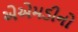
એએમડીનો